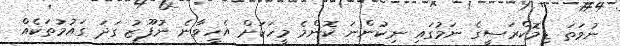
ނުވަތަ ޑިމޮކްރަސީގެ ނަމުގައި ނިކުންނަ ކޮންމެ މީހަކަށް އެހީވާނެ ނުފޫޒު ގަދަ ގައުމުތަކެއް